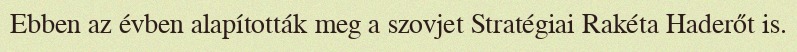
Ebben az évben alapították meg a szovjet Stratégiai Rakéta Haderőt is.